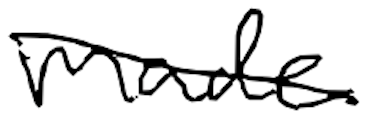
Text: made
Cross-out: diagonal
Writing tool: digital_black